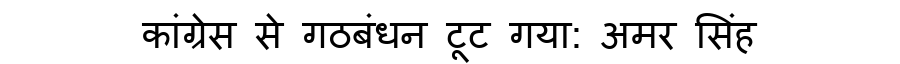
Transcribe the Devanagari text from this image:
कांग्रेस से गठबंधन टूट गया: अमर सिंह